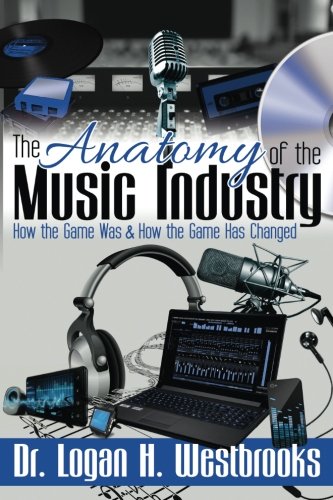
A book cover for The Anatomy of the Music Industry: How the Game Was & How the Game Has Changed; Dr. Logan H. Westbrooks; Arts & Photography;